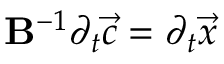
\mathbf { B } ^ { - 1 } \partial _ { t } \vec { c } = \partial _ { t } \vec { x }